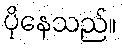
ပိုနေသည်။